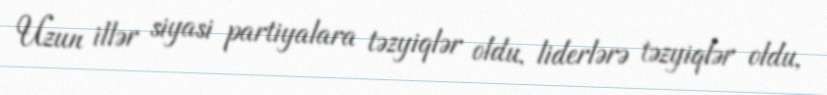
Uzun illər siyasi partiyalara təzyiqlər oldu, liderlərə təzyiqlər oldu,